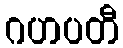
ဂဟပတီ